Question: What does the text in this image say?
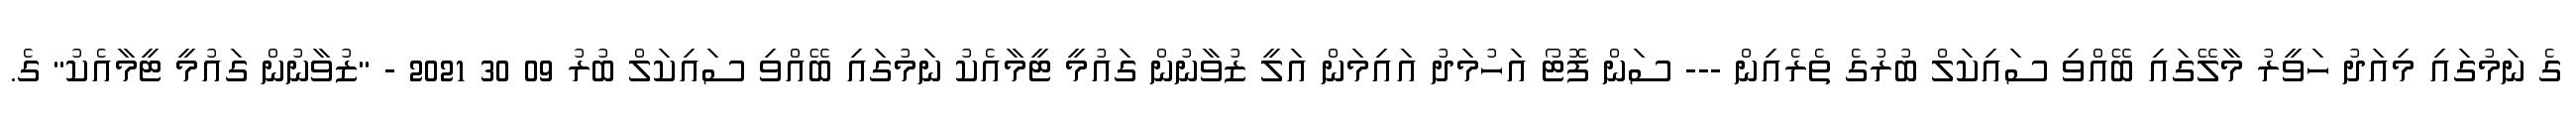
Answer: ގެ ނަމުގައި މިއަދު ހަވީރު މާލޭގައި ބޭއްވި ސައިކަލް ބުރުގެ ތެރެއިން --- ސަން ފޮޓޯ އަހުމަދު އައިމަން އަލީ ޒުވާނުން ގައުމީ ޓީމާއެކު ނަމުގައި ބޭއްވި ސައިކަލް ބުރު 09 30 2021 - "ޒުވާނުން ގައުމީ ޓީމާއެކު" ގެ.